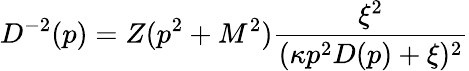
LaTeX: D^{-2}(p)=Z(p^{2}+M^{2})\frac{\xi^{2}}{(\kappa p^{2}D(p)+\xi)^{2}}